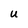
Character: U